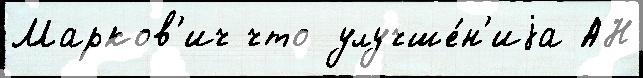
Марков'ич что улучше́н'иjа АН